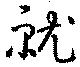
就